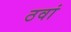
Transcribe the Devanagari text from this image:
ठवां